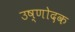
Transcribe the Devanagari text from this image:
उष्णोदक